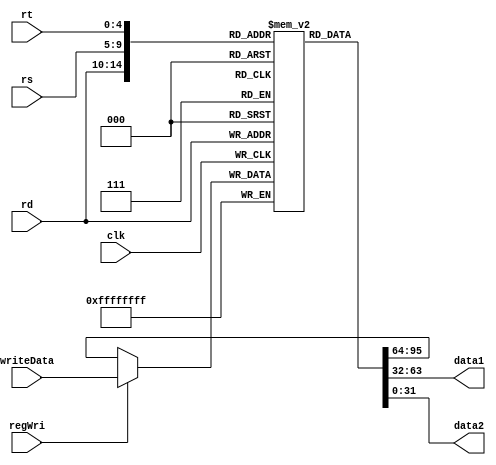
`timescale 1ns / 1ps
//////////////////////////////////////////////////////////////////////////////////
// Company: 
// Engineer: 
// 
// Design Name: 
// Module Name: _reg
// Project Name: 
// Target Devices: 
// Tool Versions: 
// Description: 
// 
// Dependencies: 
// 
// Revision:
// Revision 0.01 - File Created
// Additional Comments:
// 
//////////////////////////////////////////////////////////////////////////////////


module _reg(
    input clk,
    input regWri,
    input [4:0] rs,
    input [4:0] rt,
    input [4:0] rd,
    input [31:0] writeData,
    output [31:0] data1,
    output [31:0] data2
    );
    reg [31:0] _regunit[31:0];
   integer cnt;
    initial begin
    for(cnt=0;cnt<=31;cnt=cnt+1)
     _regunit[cnt]<=0;
    
    //_regunit[29]=32'd255;
    end
    
    always @(negedge clk)_regunit[rd]<=regWri?writeData:_regunit[rd];
    
    assign data1=_regunit[rs];
    assign data2=_regunit[rt];
    
endmodule